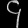
Digit: ၄